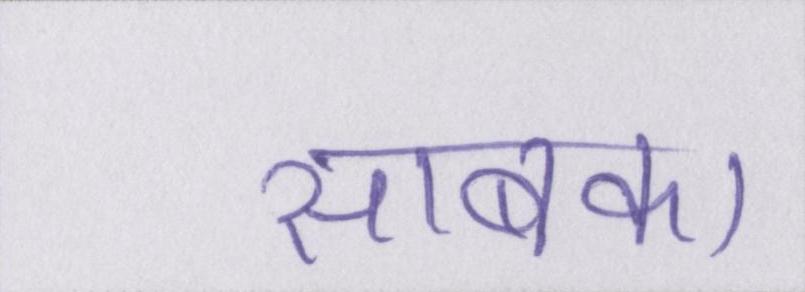
साबका